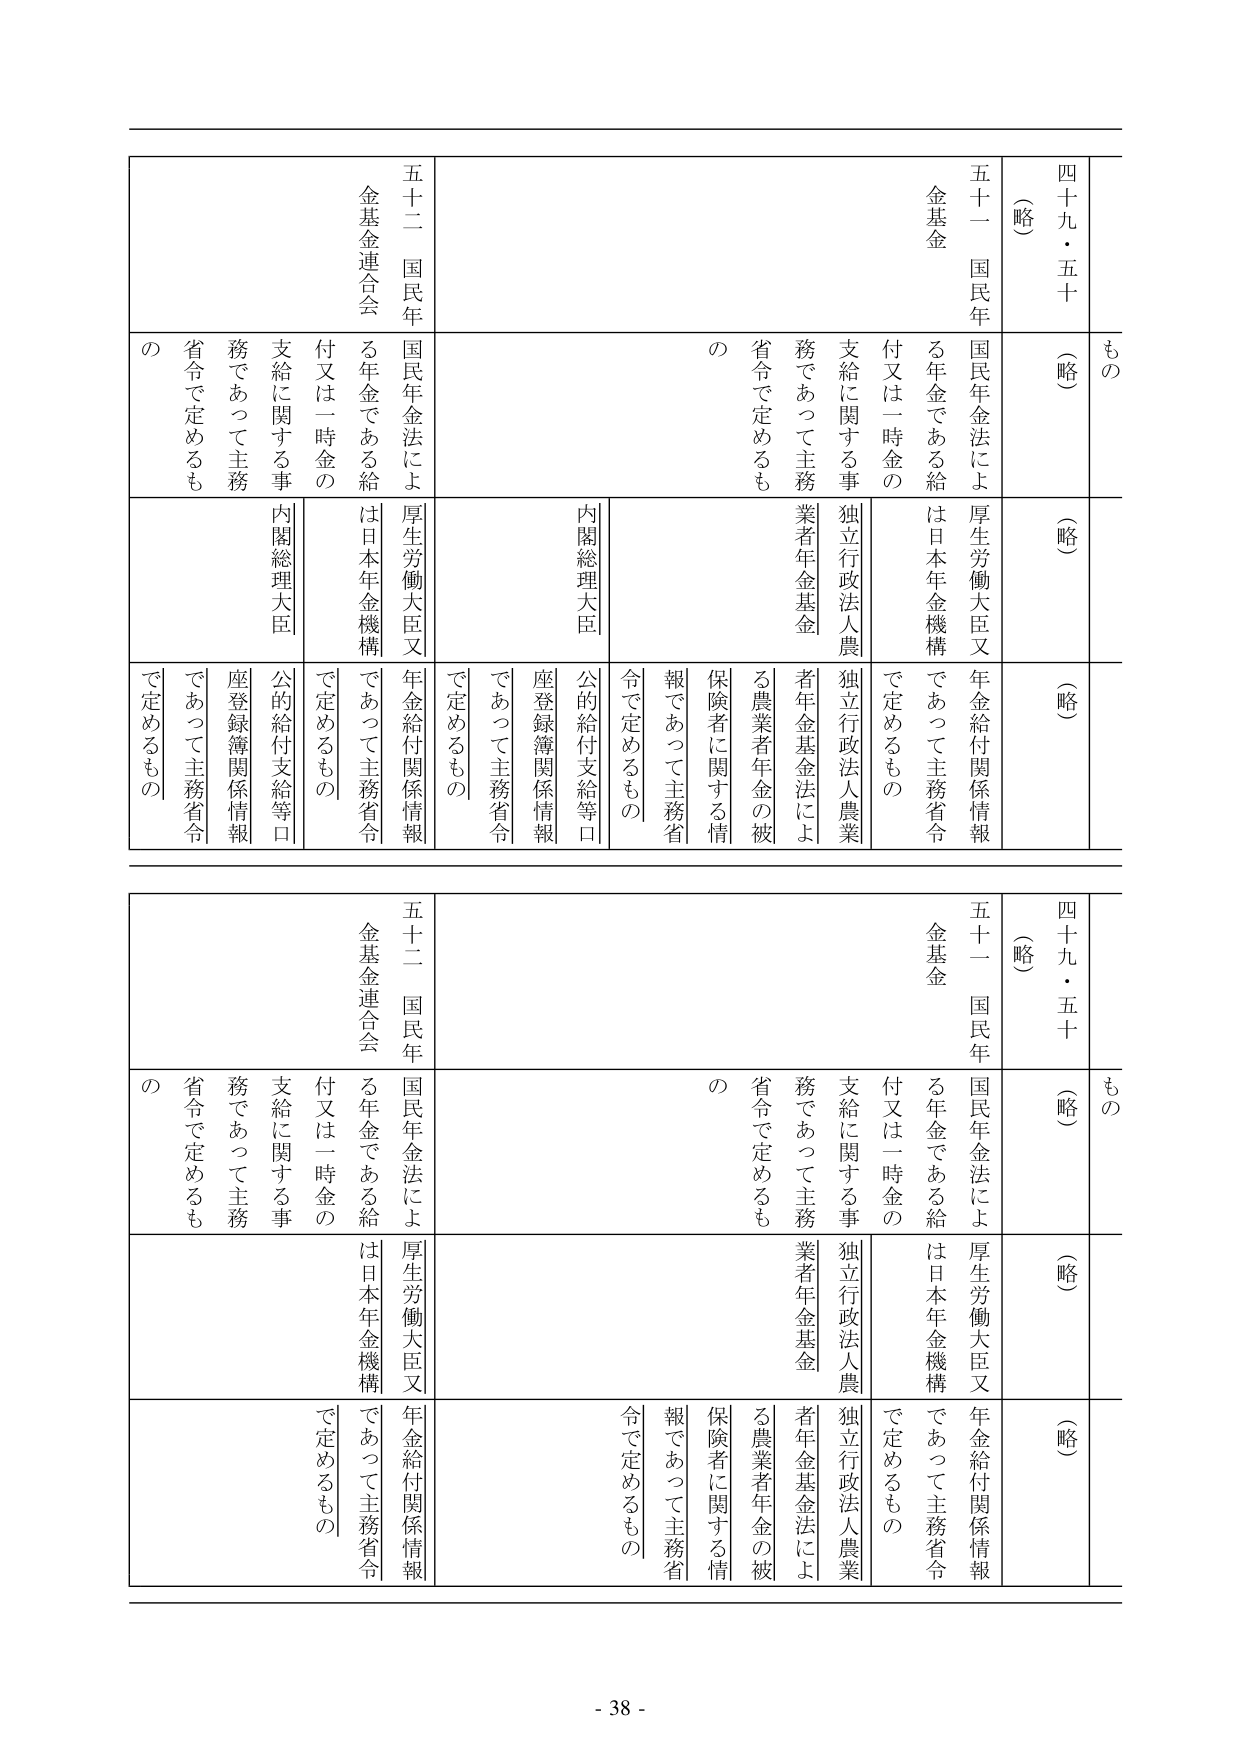
もの
四十九・五十
（略）
（略）
（略）
五十一 国民年金基金
国民年金法による年金である給付又は一時金の支給に関する事務であって主務省令で定めるもの
厚生労働大臣又は日本年金機構であって主務省令で定めるもの
独立行政法人農業者年金基金
農業者年金法による農業者年金の被保険者に関する情報であって主務省令で定めるもの
内閣総理大臣
公的給付支給等口座登録簿関係情報であって主務省令で定めるもの
五十二 国民年金基金連合会
国民年金法による年金である給付又は一時金の支給に関する事務であって主務省令で定めるもの
厚生労働大臣又は日本年金機構であって主務省令で定めるもの
内閣総理大臣
公的給付支給等口座登録簿関係情報であって主務省令で定めるもの

もの
四十九・五十
（略）
（略）
（略）
五十一 国民年金基金
国民年金法による年金である給付又は一時金の支給に関する事務であって主務省令で定めるもの
厚生労働大臣又は日本年金機構であって主務省令で定めるもの
独立行政法人農業者年金基金
農業者年金法による農業者年金の被保険者に関する情報であって主務省令で定めるもの
内閣総理大臣
公的給付支給等口座登録簿関係情報であって主務省令で定めるもの
五十二 国民年金基金連合会
国民年金法による年金である給付又は一時金の支給に関する事務であって主務省令で定めるもの
厚生労働大臣又は日本年金機構であって主務省令で定めるもの
内閣総理大臣
公的給付支給等口座登録簿関係情報であって主務省令で定めるもの

- 38 -